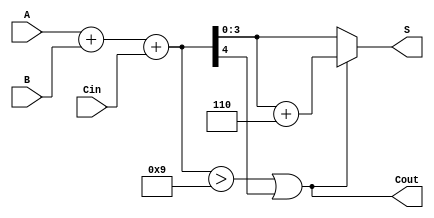
module BCD_Adder (
    input  [3:0] A,    // First BCD input
    input  [3:0] B,    // Second BCD input
    input        Cin,   // Carry-in
    output [3:0] S,    // BCD sum output
    output       Cout   // Carry-out
);

    wire [4:0] Sum;    // 5-bit sum to hold A + B + Cin
    wire correction;    // Correction needed flag

    // Step 1: Perform binary addition
    assign Sum = A + B + Cin;

    // Step 2: Determine if correction is needed
    assign correction = (Sum > 9) || Sum[4]; // Check if Sum exceeds 9

    // Step 3: Compute corrected sum
    assign S = correction ? (Sum + 6) : Sum[3:0]; // Corrected sum if needed
    assign Cout = correction; // Set carry-out if correction is applied

endmodule